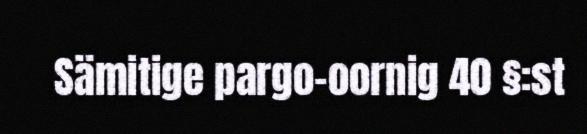
Sämitige pargo-oornig 40 §:st